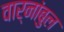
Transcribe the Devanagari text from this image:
वार्नांबुल